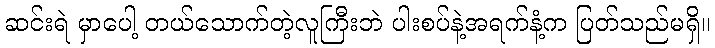
ဆင်းရဲ မှာပေါ့ တယ်သောက်တဲ့လူကြီးဘဲ ပါးစပ်နဲ့အရက်နံ့က ပြတ်သည်မရှိ။